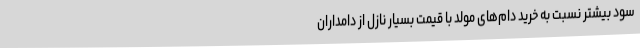
سود بیشتر نسبت به خرید دام‌های مولد با قیمت بسیار نازل از دامداران